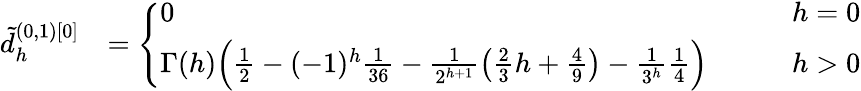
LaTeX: \begin{array}{rl}{\tilde{d}_{h}^{(0,1)[0]}}&{=\left\{ \begin{array}{ll}{0}&{\qquad h=0}\\ {\Gamma(h)\Big(\frac{1}{2}-(-1)^{h}\frac 1{36}-\frac{1}{2^{h+1}}\big(\frac 23h+\frac 49\big)-\frac{1}{3^{h}}\frac 14\Big)}&{\qquad h>0}\end{array}\right.}\end{array}